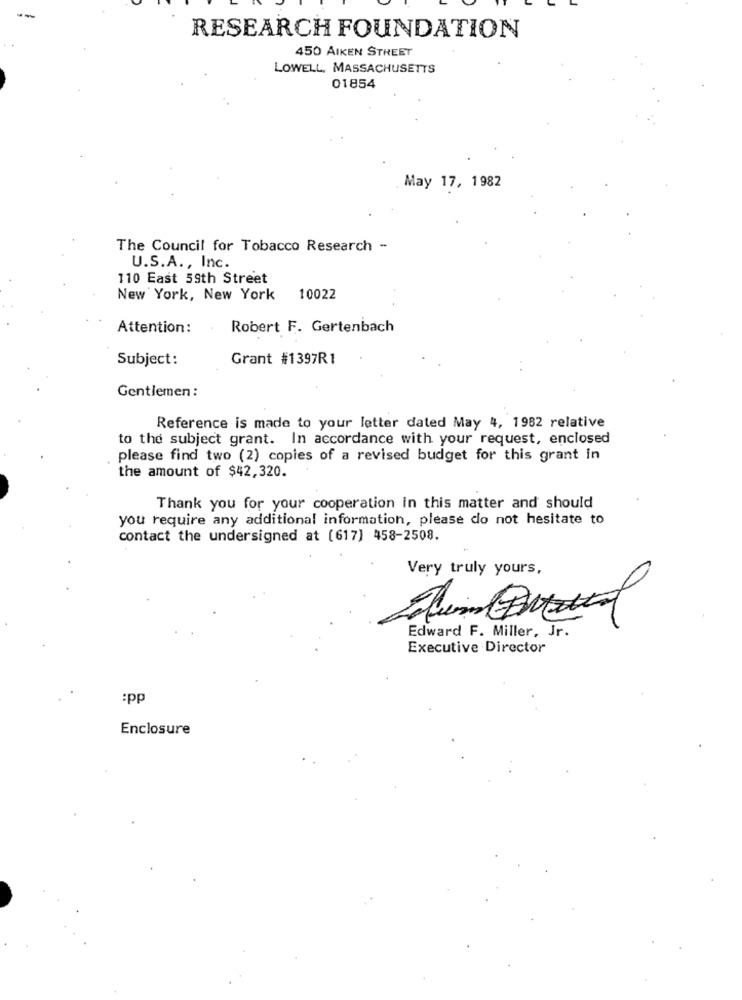
RESEARCH FOUNDATION
450 AIKEN STREET
LOWELL, MASSACHUSETTS
01854
May 17, 1982
The Council for Tobacco Research -
U.S.A ., Inc.
110 East 59th Street
New York, New York 10022
Attention :
Robert F. Gertenbach
Subject:
Grant #1397R1
Gentlemen :
Reference is made to your letter dated May 4, 1982 relative
to the subject grant. In accordance with your request, enclosed
please find two (2) copies of a revised budget for this grant in
the amount of $42,320.
Thank you for your cooperation In this matter and should
you require any additional information, please do not hesitate to
contact the undersigned at (617] 458-2508.
Very truly yours,
Edward F. Miller, Jr.
Executive Director
:pp
Enclosure